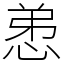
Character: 𢚖